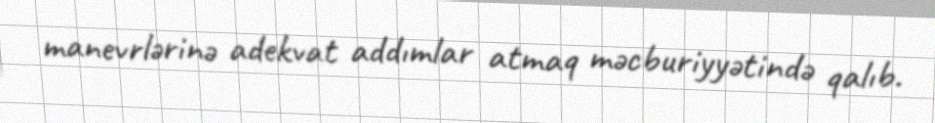
manevrlərinə adekvat addımlar atmaq məcburiyyətində qalıb.